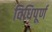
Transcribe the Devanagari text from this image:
विधिपूर्ण